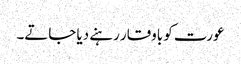
عورت کو باوقار رہنے دیا جاتے۔